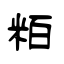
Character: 粨